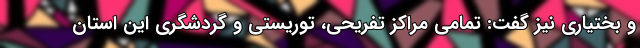
و بختیاری نیز گفت: تمامی مراکز تفریحی، توریستی و گردشگری این استان